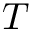
T